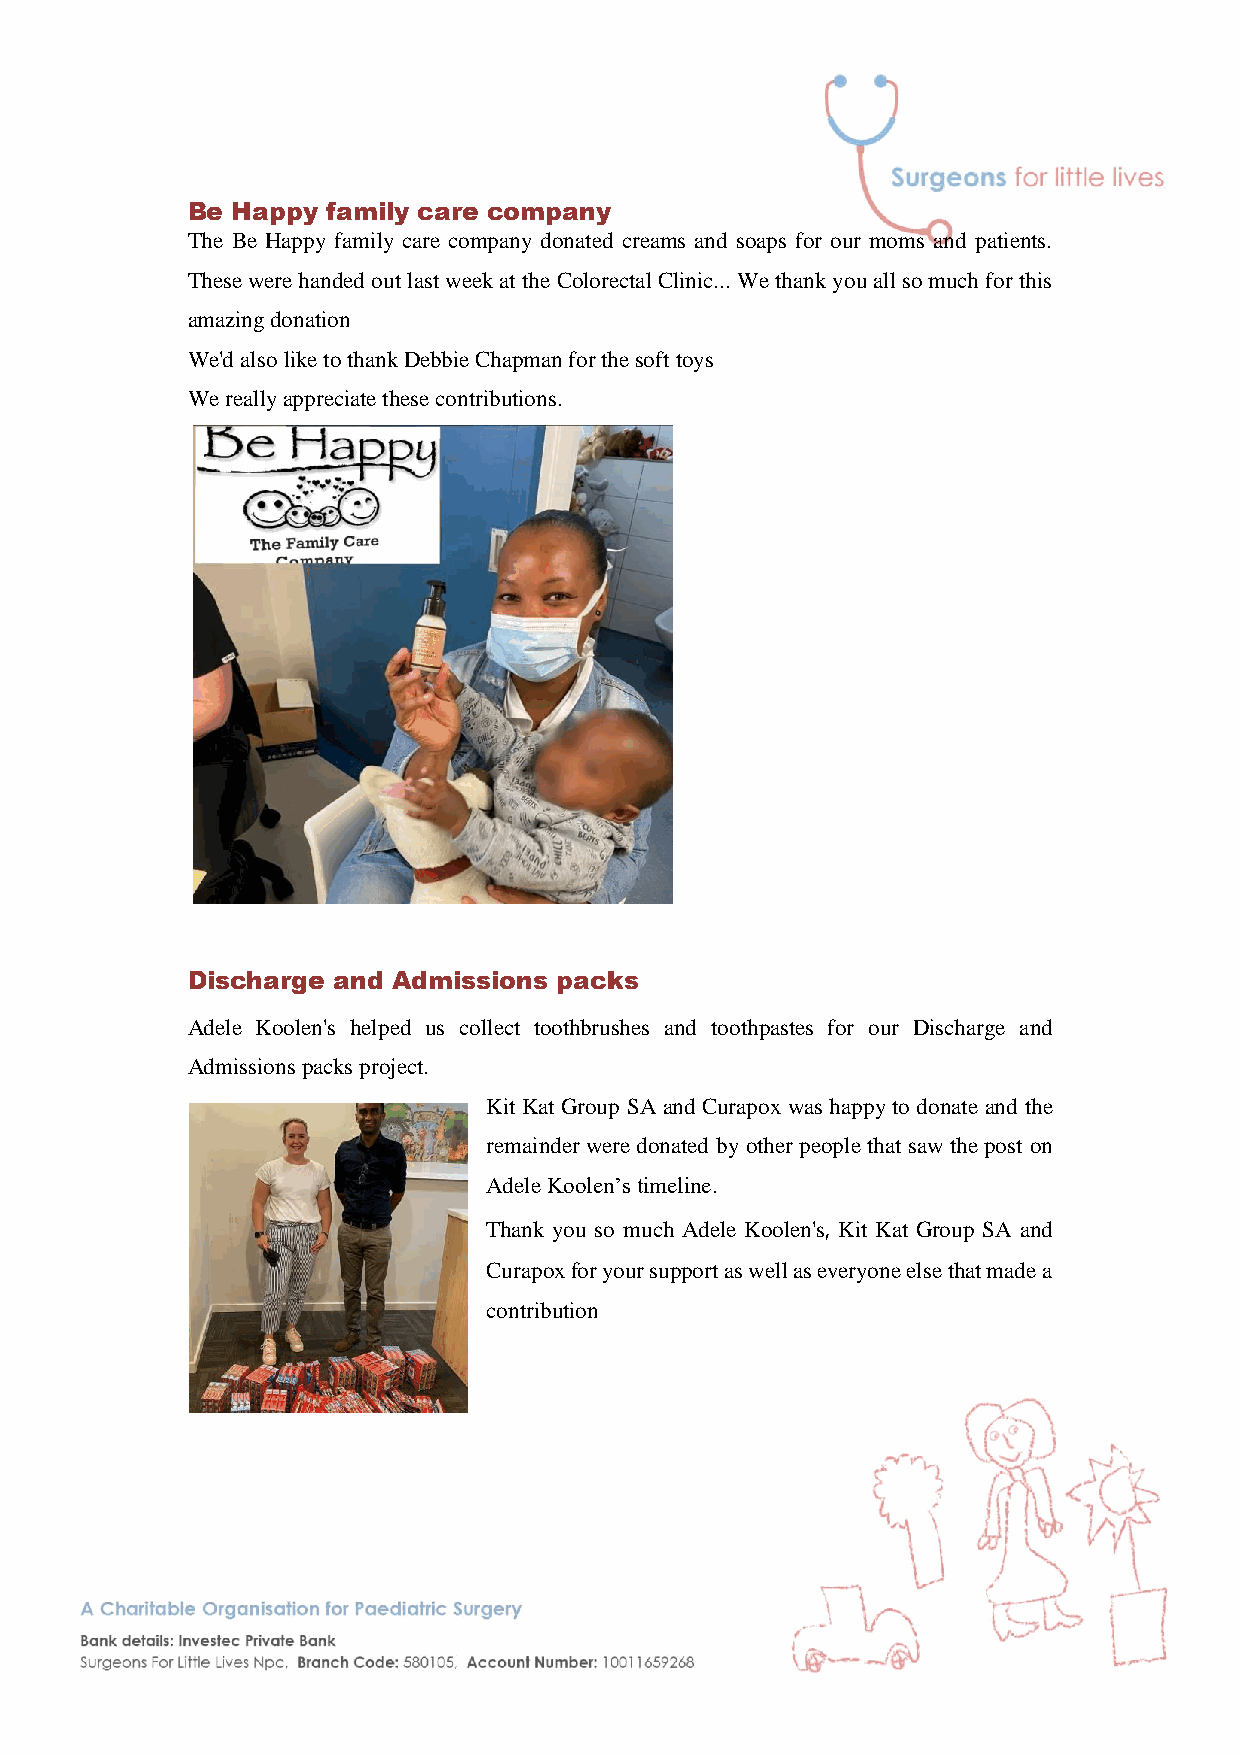
Be Happy  family care company
 The Be Happy family care company donated creams and soaps for our moms and patients.
 These were handed out last week at the Colorectal Clinic... We thank you all so much for this
 amazing donation
 We'd also like to thank Debbie Chapman for the soft toys
 We really appreciate these contributions.
 Discharge and Admissions packs
 Adele Koolen's helped us collect toothbrushes and toothpastes for our Discharge and
 Admissions packs project.
 Kit Kat Group SA and Curapox was happy to donate and the
 remainder were donated by other people that saw the post on
 Adele Koolen’s timeline.
 Thank you so much Adele Koolen's, Kit Kat Group SA and
 Curapox for your support as well as everyone else that made a
 contribution